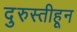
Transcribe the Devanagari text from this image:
दुरुस्तीहून